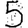
Digit: 5